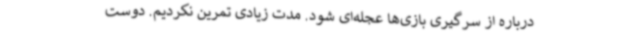
درباره از سرگیری بازی‌ها عجله‌ای شود. مدت زیادی تمرین نکردیم. دوست